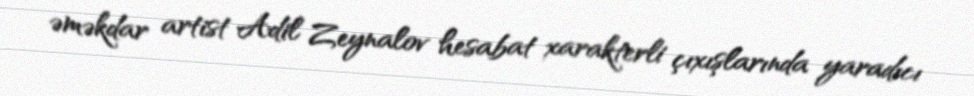
əməkdar artist Adil Zeynalov hesabat xarakterli çıxışlarında yaradıcı